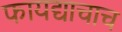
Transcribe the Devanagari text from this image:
फायद्याचाच